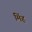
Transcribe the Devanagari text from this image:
मिंह